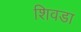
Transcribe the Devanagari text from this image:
शिवडा